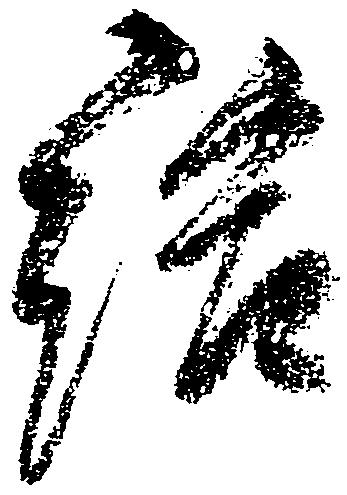
給